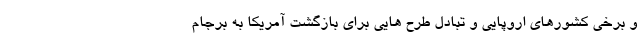
و برخی کشورهای اروپایی و تبادل طرح هایی برای بازگشت آمریکا به برجام